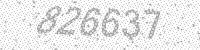
Solution: 826637